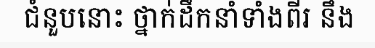
ជំនួបនោះ ថ្នាក់ដឹកនាំទាំងពីរ នឹង